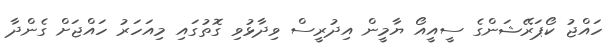
ހައްޖު ކޯޕަރޭޝަންގެ ސީއީއޯ ޔާމީން އިދުރީސް ވިދާޅުވި ގޮތުގައި މިއަހަރު ހައްޖަށް ގެންދާ